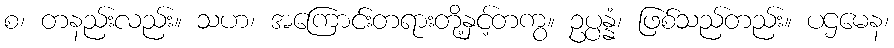
စ၊ တနည်းလည်း။ သဟ၊ အကြောင်းတရားတို့နှင့်တကွ။ ဥပ္ပန္နံ၊ ဖြစ်သည်တည်း။ ပဌမေန၊